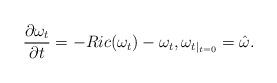
LaTeX: \begin{align*} \frac{\partial \omega_t}{\partial t}=-Ric(\omega_t)-\omega_t,{\omega_t}_{|_{t=0}}=\hat \omega.\end{align*}